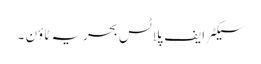
سیکٹر ایف پلاٹس بحریہ ٹاؤن ۔